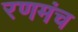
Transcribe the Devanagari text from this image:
रणमंच